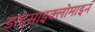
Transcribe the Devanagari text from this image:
डाइसाइक्लोमाइन